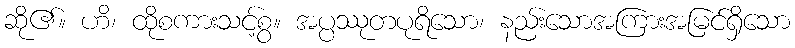
ဆို၏။ ဟိ၊ ထိုစကားသင့်စွ။ အပ္ပဿုတပုရိသော၊ နည်းသောအကြားအမြင်ရှိသော